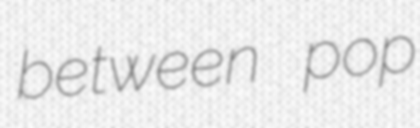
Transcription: between pop